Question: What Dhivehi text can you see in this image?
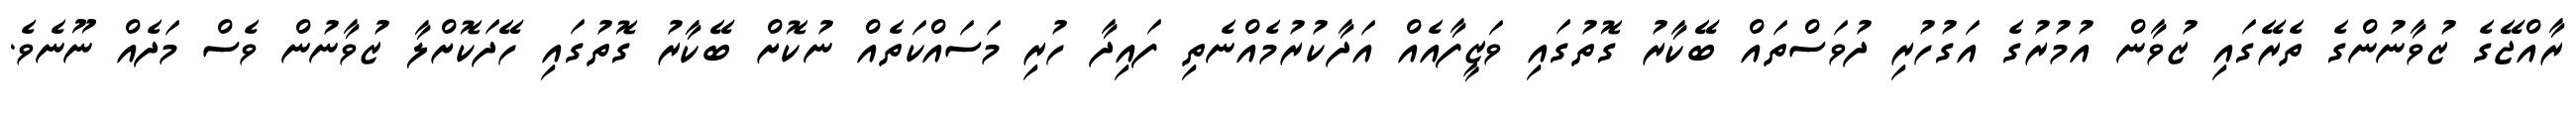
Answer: ރާއްޖޭގެ ޒުވާނުންގެ ތެރޭގައި ޒުވާން އުމުރުގެ އަގުހުރި ދުވަސްތައް ބޭކާރު ގޮތުގައި ވަޒީފާއެއް އަދާކުރުމެއްނެތި ފައިދާ ހުރި މަސައްކަތެއް ނުކޮށް ބޭކާރު ގޮތުގައި ހޭދަކޮށްލާ ޒުވާނުން ވެސް މަދެއް ނޫނެވެ.